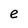
Character: e